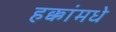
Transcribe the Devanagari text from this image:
हक्कांमधे